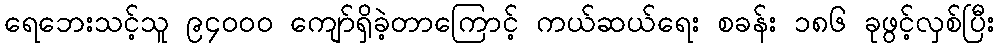
ရေဘေးသင့်သူ ၉၄၀၀၀ ကျော်ရှိခဲ့တာကြောင့် ကယ်ဆယ်ရေး စခန်း ၁၈၆ ခုဖွင့်လှစ်ပြီး